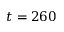
t = 2 6 0